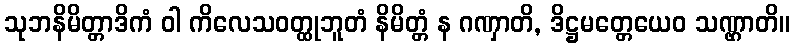
သုဘနိမိတ္တာဒိကံ ဝါ ကိလေသဝတ္ထုဘူတံ နိမိတ္တံ န ဂဏှာတိ, ဒိဋ္ဌမတ္တေယေဝ သဏ္ဌာတိ။